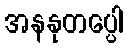
အနနုတပ္ပေါ